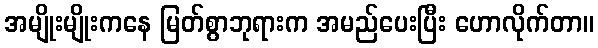
အမျိုးမျိုးကနေ မြတ်စွာဘုရားက အမည်ပေးပြီး ဟောလိုက်တာ။